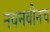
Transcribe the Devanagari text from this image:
नवनवीनच